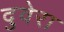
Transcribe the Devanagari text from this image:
दुवेरा